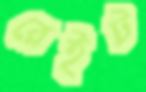
রেইট